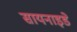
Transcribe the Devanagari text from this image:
सायनाइडे